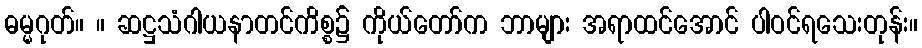
ဓမ္မဂုတ်။ ။ ဆဋ္ဌသံဂါယနာတင်ကိစ္စ၌ ကိုယ်တော်က ဘာများ အရာထင်အောင် ပါဝင်ရသေးတုန်း။